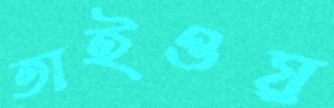
তাইওয়